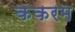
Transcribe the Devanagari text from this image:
ककरम